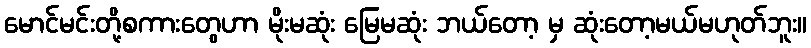
မောင်မင်းတို့စကားတွေဟာ မိုးမဆုံး မြေမဆုံး ဘယ်တော့ မှ ဆုံးတော့မယ်မဟုတ်ဘူး။